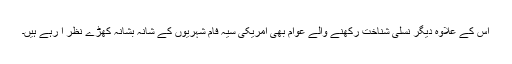
اس کے علاوہ دیگر نسلی شناخت رکھنے والے عوام بھی امریکی سیہ فام شہریوں کے شانہ بشانہ کھڑے نظر آ رہے ہیں۔